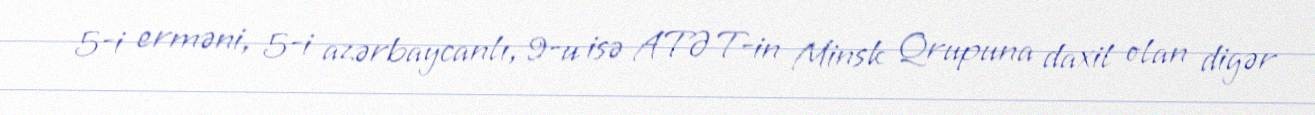
5-i erməni, 5-i azərbaycanlı, 9-u isə ATƏT-in Minsk Qrupuna daxil olan digər